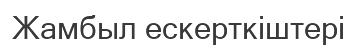
Жамбыл ескерткіштері